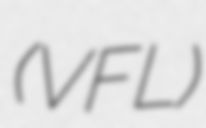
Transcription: (VFL)